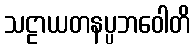
သဠာယတနပ္ပဘဝေါတိ